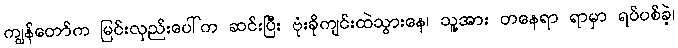
ကျွန်တော်က မြင်းလှည်းပေါ်က ဆင်းပြီး ဗုံးခိုကျင်းထဲသွားနေ၊ သူ့အား တနေရာ ရာမှာ ရပ်ပစ်ခဲ့၊